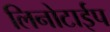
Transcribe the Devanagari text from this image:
लिनोटाईप